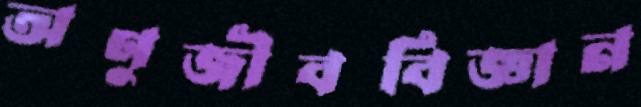
অণুজীববিজ্ঞান